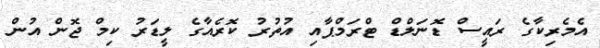
އެމެރިކާގެ ރައީސް ޑޮނަލްޑް ޓްރަމްޕާއި އުތުރު ކޮރެއާގެ ލީޑަރު ކިމް ޖޮން އުން